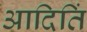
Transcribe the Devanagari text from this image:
आदितिं